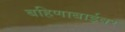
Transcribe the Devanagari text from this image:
बहिणाबाईवर